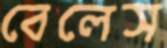
বেলেস